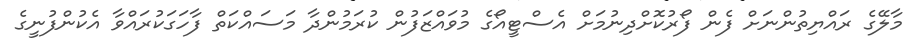
މާލޭގެ ރައްޔިތުންނަށް ފެން ފޯރުކޮށްދިނުމަށް އެސްޓީއޯގެ މުވައްޒަފުން ކުރަމުންދާ މަސައްކަތް ފާހަގަކުރައްވާ އެކުންފުނީގެ